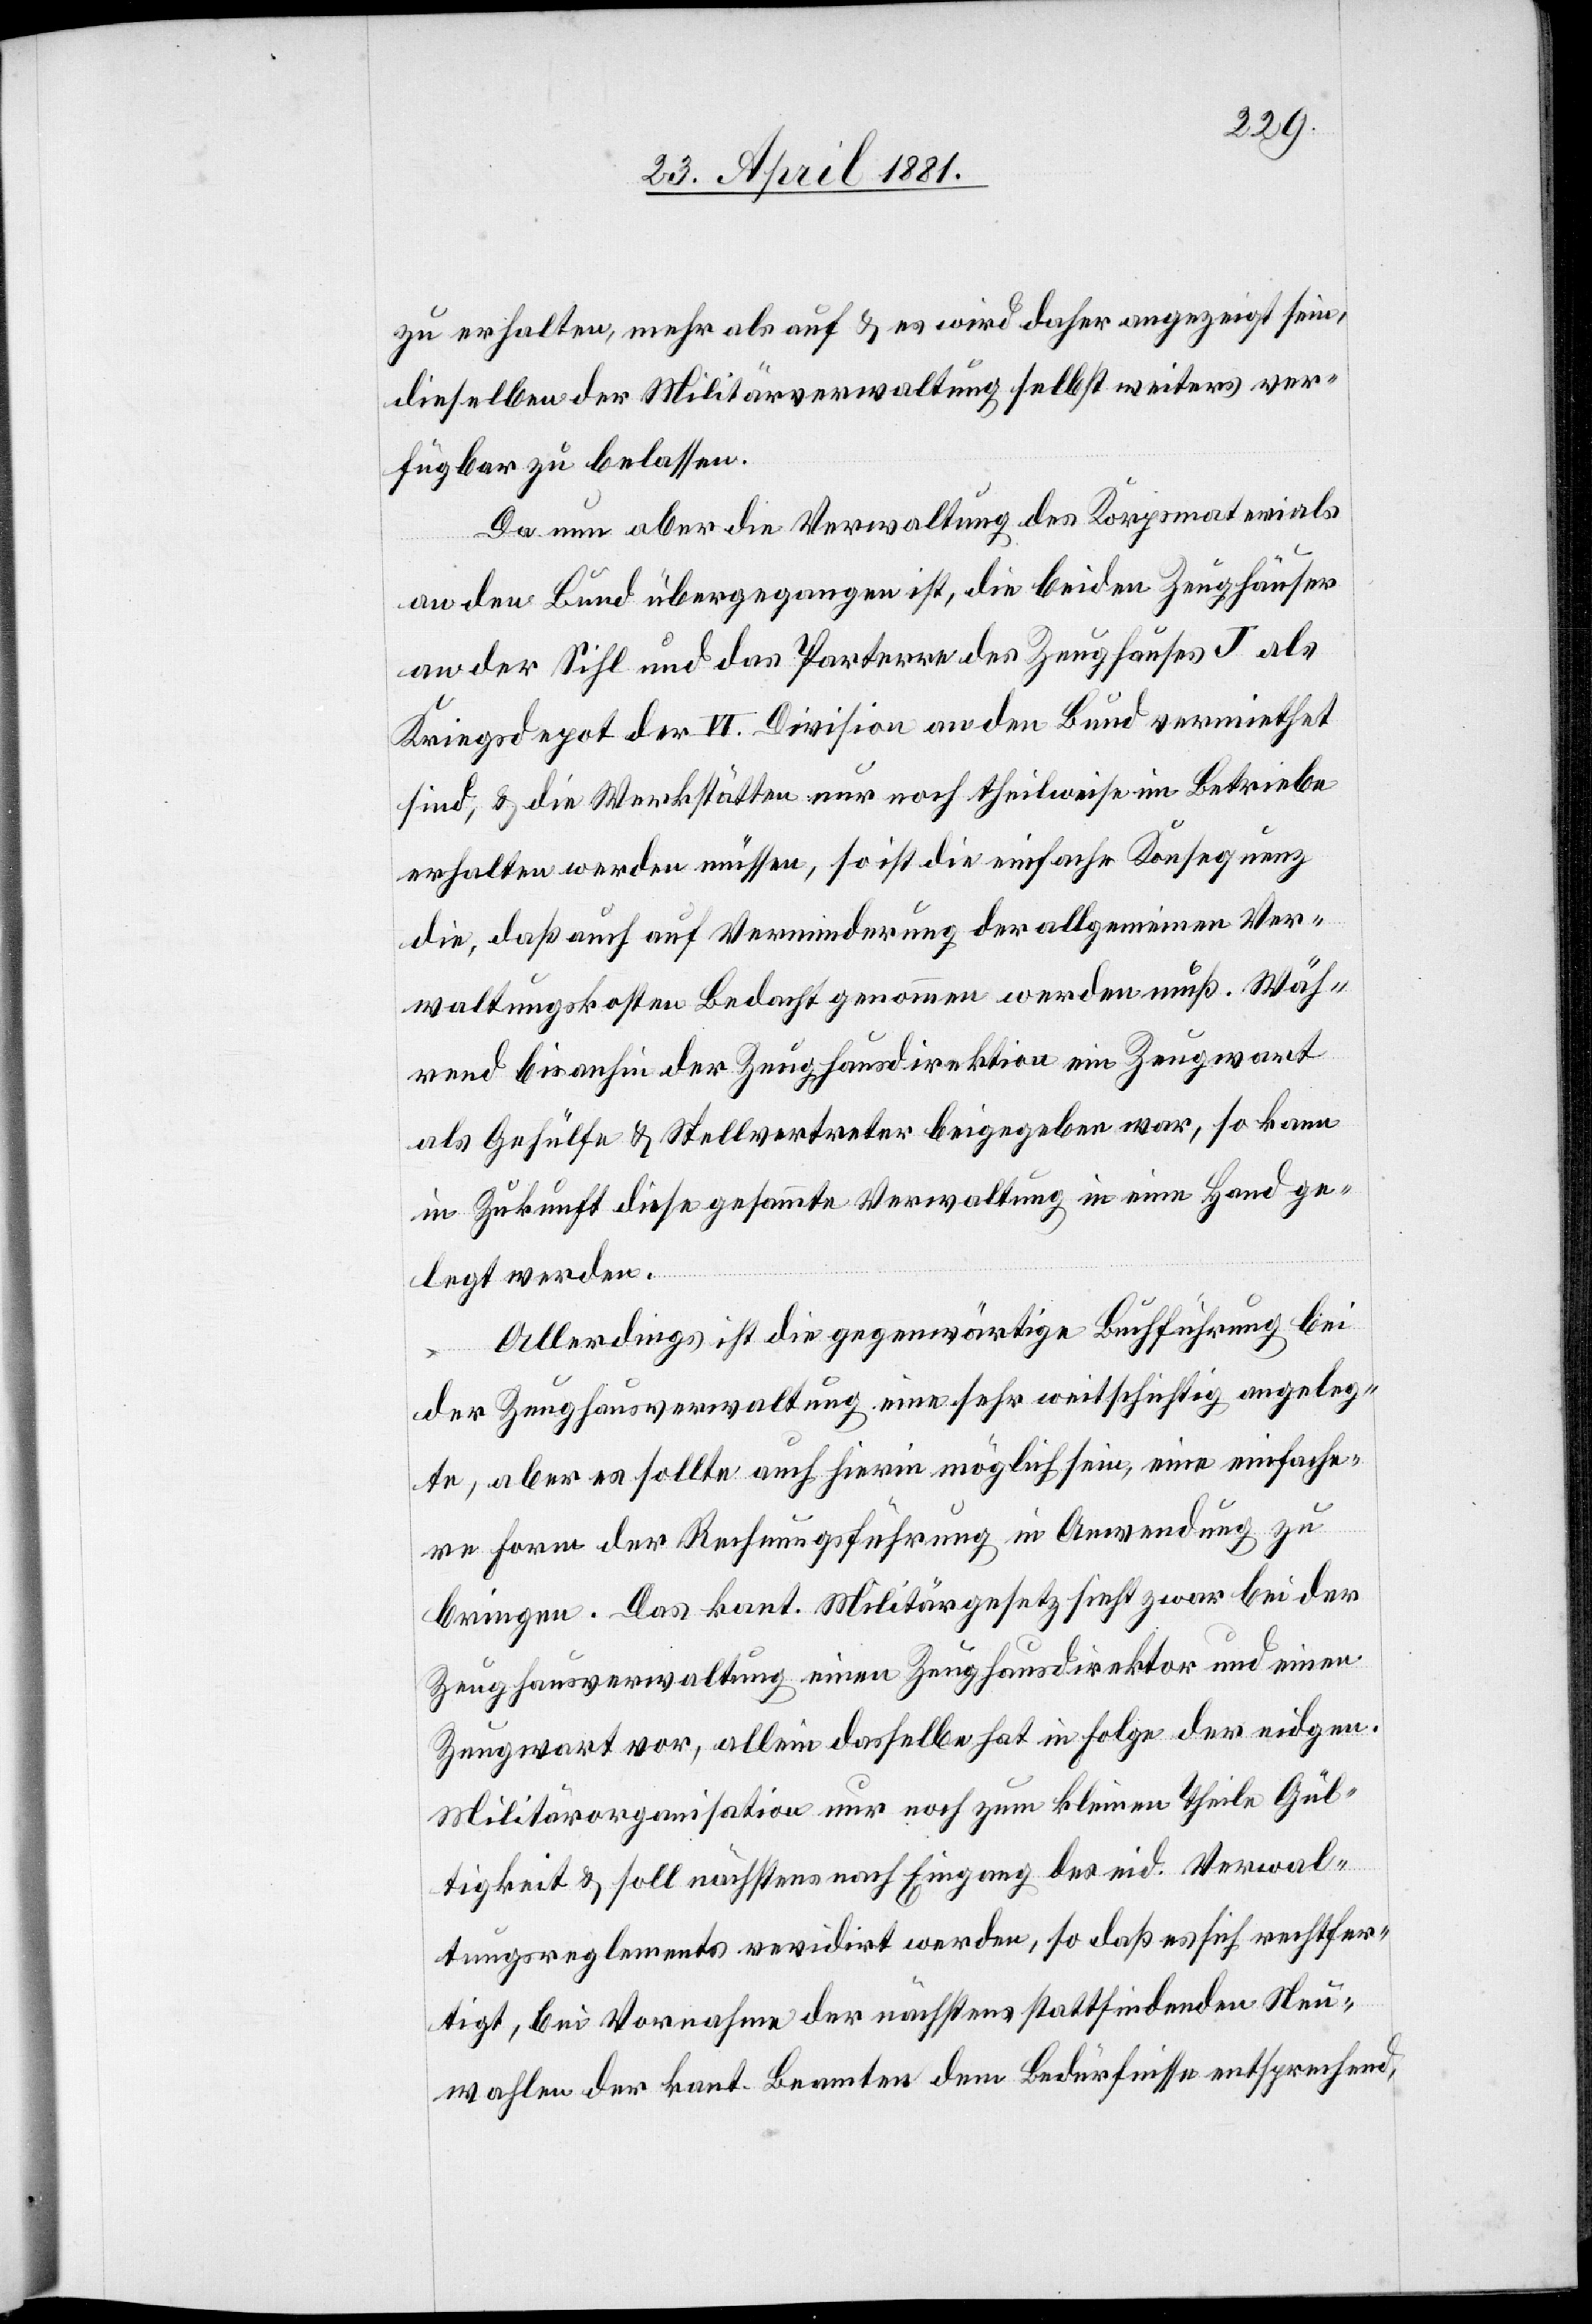
zu erhalten, mehr als auf & es wird daher angezeigt sein,
dieselben der Militärverwaltung selbst weiters ver¬
fügbar zu belassen.
Da nun aber die Verwaltung des Korpsmaterials
an den Bund übergegangen ist, die beiden Zeughäuser
an der Sihl und das Parterre des Zeughauses J als
Kriegsdepot der VI. Division an den Bund vermiethet
sind, & die Werkstätten nur noch theilweise in Betriebe
erhalten werden müssen, so ist die einfache Konsequenz
die, daß auch auf Verminderung der allgemeinen Ver¬
waltungskosten Bedacht genommen werden muß. Wäh¬
rend bis anhin der Zeughausdirektion ein Zeugwart
als Gehülfe & Stellvertreter beigegeben war, so kann
in Zukunft diese gesammte Verwaltung in eine Hand ge¬
legt werden.
Allerdings ist die gegenwärtige Buchführung bei
der Zeughausverwaltung eine sehr weitschichtig angeleg¬
te, aber es sollte auch hierin möglich sein, eine einfache¬
re Form der Rechnungsführung in Anwendung zu
bringen. Das kant. Militärgesetz sieht zwar bei der
Zeughausverwaltung einen Zeughausdirektor und einen
Zeugwart vor, allein dasselbe hat in Folge der eidgen.
Militärorganisation nur noch zum kleinen Theile Gül¬
tigkeit & soll nächstens nach Eingang des eid. Verwal¬
tungsreglements revidirt werden, so daß es sich rechtfer¬
tigt, bei Vornahme der nächstens stattfindenden Neu¬
wahlen der kant. Beamten dem Bedürfnisse entsprechend,